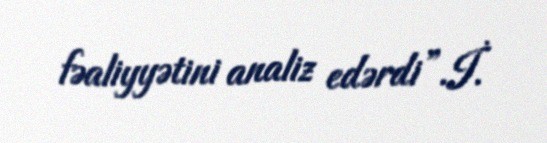
fəaliyyətini analiz edərdi”.İ.